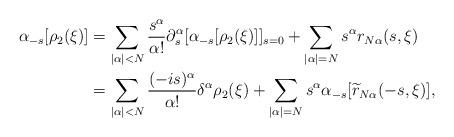
LaTeX: \begin{align*}\alpha_{-s}[\rho_2(\xi)] & =\sum_{|\alpha|<N}\frac{s^\alpha}{\alpha !}\partial_s^\alpha[\alpha_{-s}[\rho_2(\xi)]]_{s=0}+\sum_{|\alpha|=N}s^\alpha r_{N\alpha}(s,\xi) \\& = \sum_{|\alpha|<N}\frac{(-is)^\alpha}{\alpha !}\delta^\alpha \rho_2(\xi)+\sum_{|\alpha|=N}s^\alpha\alpha_{-s}[\widetilde{r}_{N\alpha}(-s,\xi)],\end{align*}